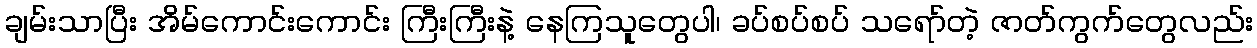
ချမ်းသာပြီး အိမ်ကောင်းကောင်း ကြီးကြီးနဲ့ နေကြသူတွေပါ၊ ခပ်စပ်စပ် သရော်တဲ့ ဇာတ်ကွက်တွေလည်း